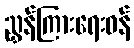
ညွှန်ကြားရေးဝန်